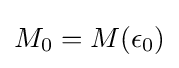
M_{0}=M(\epsilon _{0})